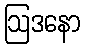
ဩဒနော